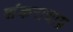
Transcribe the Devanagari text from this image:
शंकराचाय्र